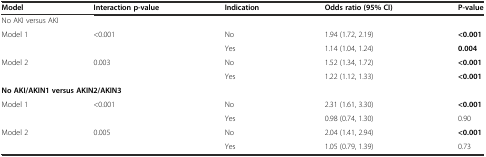
<table><thead><tr><td><b>Model</b></td><td><b>Interaction p-value</b></td><td><b>Indication</b></td><td><b>Odds ratio (95% CI)</b></td><td><b>P-value</b></td></tr></thead><tbody><tr><td colspan="5">No AKI versus AKI</td></tr><tr><td>Model 1</td><td>&lt;0.001</td><td>No</td><td>1.94 (1.72, 2.19)</td><td><b>&lt;0.001</b></td></tr><tr><td></td><td></td><td>Yes</td><td>1.14 (1.04, 1.24)</td><td><b>0.004</b></td></tr><tr><td>Model 2</td><td>0.003</td><td>No</td><td>1.52 (1.34, 1.72)</td><td><b>&lt;0.001</b></td></tr><tr><td></td><td></td><td>Yes</td><td>1.22 (1.12, 1.33)</td><td><b>&lt;0.001</b></td></tr><tr><td colspan="5"><b>No AKI/AKIN1 versus AKIN2/AKIN3</b></td></tr><tr><td>Model 1</td><td>&lt;0.001</td><td>No</td><td>2.31 (1.61, 3.30)</td><td><b>&lt;0.001</b></td></tr><tr><td></td><td></td><td>Yes</td><td>0.98 (0.74, 1.30)</td><td>0.90</td></tr><tr><td>Model 2</td><td>0.005</td><td>No</td><td>2.04 (1.41, 2.94)</td><td><b>&lt;0.001</b></td></tr><tr><td></td><td></td><td>Yes</td><td>1.05 (0.79, 1.39)</td><td>0.73</td></tr></tbody></table>